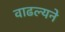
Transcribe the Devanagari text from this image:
वाढल्यने